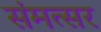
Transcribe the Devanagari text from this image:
संमत्सर